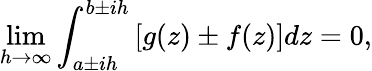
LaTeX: \operatorname*{lim}_{h\to\infty}\int_{a\pm ih}^{b\pm ih}{\left[g(z)\pm f(z)\right]dz}=0,